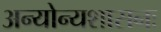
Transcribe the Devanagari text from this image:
अन्योन्यशासनः